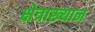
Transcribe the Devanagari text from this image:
क्षेत्राख्यान